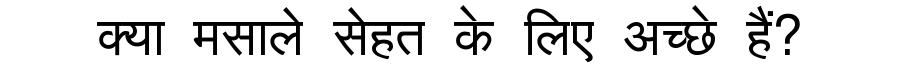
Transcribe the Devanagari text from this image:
क्या मसाले सेहत के लिए अच्छे हैं?